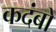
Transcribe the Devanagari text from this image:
कदंबो